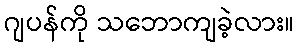
ဂျပန်ကို သဘောကျခဲ့လား။